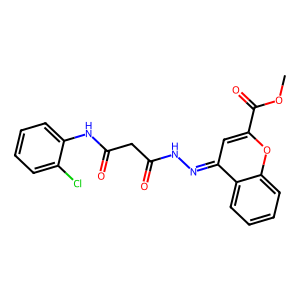
SMILES: COC(=O)c1cc(=NNC(=O)CC(=O)Nc2ccccc2Cl)c2ccccc2o1
Inhibits HIV replication: Yes